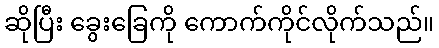
ဆိုပြီး ခွေးခြေကို ကောက်ကိုင်လိုက်သည်။